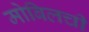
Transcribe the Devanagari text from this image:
मोबिलची